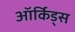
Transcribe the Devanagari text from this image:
ऑर्किड्स